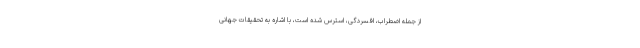
از جمله اضطراب، افسردگی، استرس شده است، با اشاره به تحقیقات جهانی